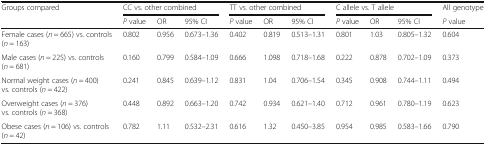
<table><thead><tr><td rowspan="2"><b>Groups compared</b></td><td colspan="3"><b>CC vs. other combined</b></td><td colspan="3"><b>TT vs. other combined</b></td><td colspan="3"><b>C allele vs. T allele</b></td><td><b>All genotype</b></td></tr><tr><td><b><i>P</i> value</b></td><td><b>OR</b></td><td><b>95% CI</b></td><td><b><i>P</i> value</b></td><td><b>OR</b></td><td><b>95% CI</b></td><td><b><i>P</i> value</b></td><td><b>OR</b></td><td><b>95% CI</b></td><td><b><i>P</i> value</b></td></tr></thead><tbody><tr><td>Female cases (<i>n</i> = 665) vs. controls (<i>n</i> = 163)</td><td>0.802</td><td>0.956</td><td>0.673–1.36</td><td>0.402</td><td>0.819</td><td>0.513–1.31</td><td>0.801</td><td>1.03</td><td>0.805–1.32</td><td>0.604</td></tr><tr><td>Male cases (<i>n</i> = 225) vs. controls (<i>n</i> = 681)</td><td>0.160</td><td>0.799</td><td>0.584–1.09</td><td>0.666</td><td>1.098</td><td>0.718–1.68</td><td>0.222</td><td>0.878</td><td>0.702–1.09</td><td>0.373</td></tr><tr><td>Normal weight cases (<i>n</i> = 400) vs. controls (<i>n</i> = 422)</td><td>0.241</td><td>0.845</td><td>0.639–1.12</td><td>0.831</td><td>1.04</td><td>0.706–1.54</td><td>0.345</td><td>0.908</td><td>0.744–1.11</td><td>0.494</td></tr><tr><td>Overweight cases (<i>n</i> = 376) vs. controls (<i>n</i> = 368)</td><td>0.448</td><td>0.892</td><td>0.663–1.20</td><td>0.742</td><td>0.934</td><td>0.621–1.40</td><td>0.712</td><td>0.961</td><td>0.780–1.19</td><td>0.623</td></tr><tr><td>Obese cases (<i>n</i> = 106) vs. controls (<i>n</i> = 42)</td><td>0.782</td><td>1.11</td><td>0.532–2.31</td><td>0.616</td><td>1.32</td><td>0.450–3.85</td><td>0.954</td><td>0.985</td><td>0.583–1.66</td><td>0.790</td></tr></tbody></table>